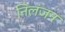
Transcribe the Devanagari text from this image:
निलंजन